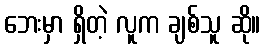
ဘေးမှာ ရှိတဲ့ လူက ချစ်သူ ဆို။